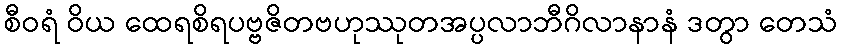
စီဝရံ ဝိယ ထေရစိရပဗ္ဗဇိတဗဟုဿုတအပ္ပလာဘီဂိလာနာနံ ဒတွာ တေသံ